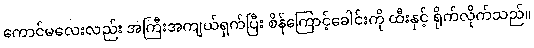
ကောင်မလေးလည်း အကြီးအကျယ်ရှက်ပြီး စိန်ကြောင့်ခေါင်းကို ထီးနှင့် ရိုက်လိုက်သည်။